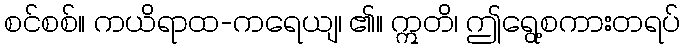
စင်စစ်။ ကယိရာထ-ကရေယျ၊ ၏။ ဣတိ၊ ဤရွေ့စကားတရပ်